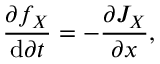
\frac { \partial f _ { X } } { \mathrm { d } \partial t } = - \frac { \partial J _ { X } } { \partial x } ,